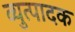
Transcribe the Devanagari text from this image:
व्युत्पादक